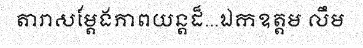
តារាសម្តែងភាពយន្តដ៏...ឯកឧត្តម លឹម